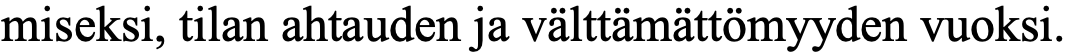
miseksi, tilan ahtauden ja välttämättömyyden vuoksi.